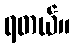
ရတယ်။